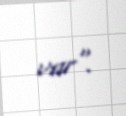
var".